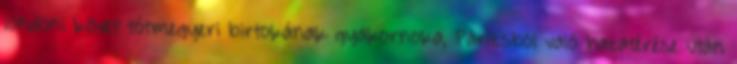
londoni követ tótmegyeri birtokának gyakornoka, Párizsból való hazatérése után